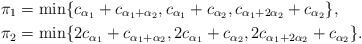
LaTeX: \begin{align*}\pi_1 &= \min\{ c_{\alpha_1} + c_{\alpha_1+\alpha_2}, c_{\alpha_1} + c_{\alpha_2}, c_{\alpha_1+2\alpha_2} + c_{\alpha_2} \}, \\\pi_2 &= \min\{ 2 c_{\alpha_1} + c_{\alpha_1+\alpha_2}, 2 c_{\alpha_1} + c_{\alpha_2}, 2 c_{\alpha_1+2\alpha_2} + c_{\alpha_2} \}.\end{align*}